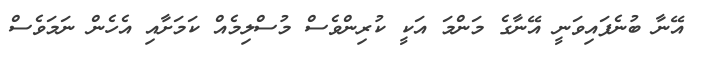
އޭނާ ބުނެފައިވަނީ އޭނާގެ މަންމަ އަކީ ކުރިންވެސް މުސްލިމެއް ކަމަށާއި އެހެން ނަމަވެސް